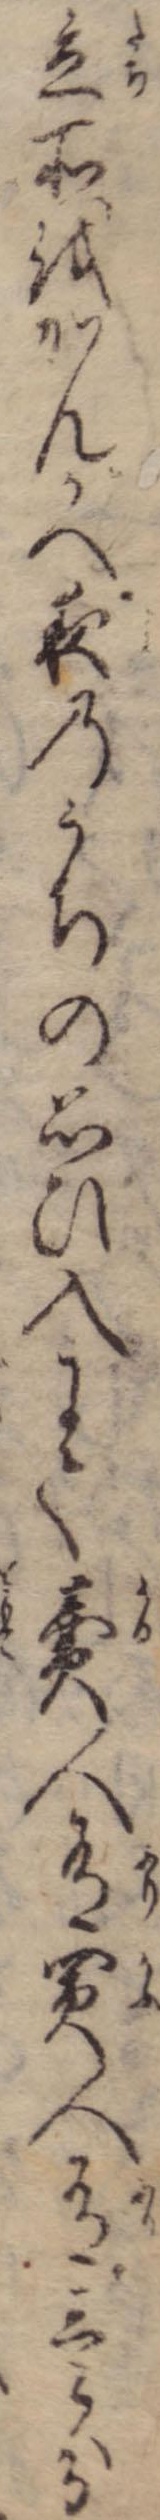
立所をかんがへ夜のうちの思ひ入にて売人有買人有壱分